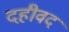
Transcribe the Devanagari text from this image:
दहीवद